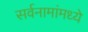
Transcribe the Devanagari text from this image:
सर्वनामांमध्ये